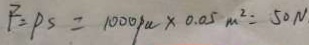
F = P S = 1 0 0 0 P a \times 0 . 0 5 m ^ { 2 } = 5 0 N